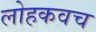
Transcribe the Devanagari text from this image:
लोहकवच